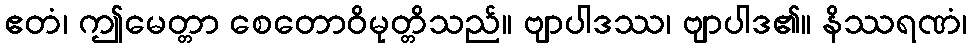
ဧတံ၊ ဤမေတ္တာ စေတောဝိမုတ္တိသည်။ ဗျာပါဒဿ၊ ဗျာပါဒ၏။ နိဿရဏံ၊